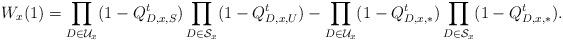
LaTeX: \begin{align*}W_x(1)&=\prod_{D\in\mathcal{U}_{x}}(1- Q_{D,x,S}^t)\prod_{D\in\mathcal{S}_{x}}(1- Q_{D,x,U}^t)-\prod_{D\in\mathcal{U}_{x}}(1- Q_{D,x,*}^t)\prod_{D\in\mathcal{S}_{x}}(1- Q_{D,x,*}^t).\end{align*}